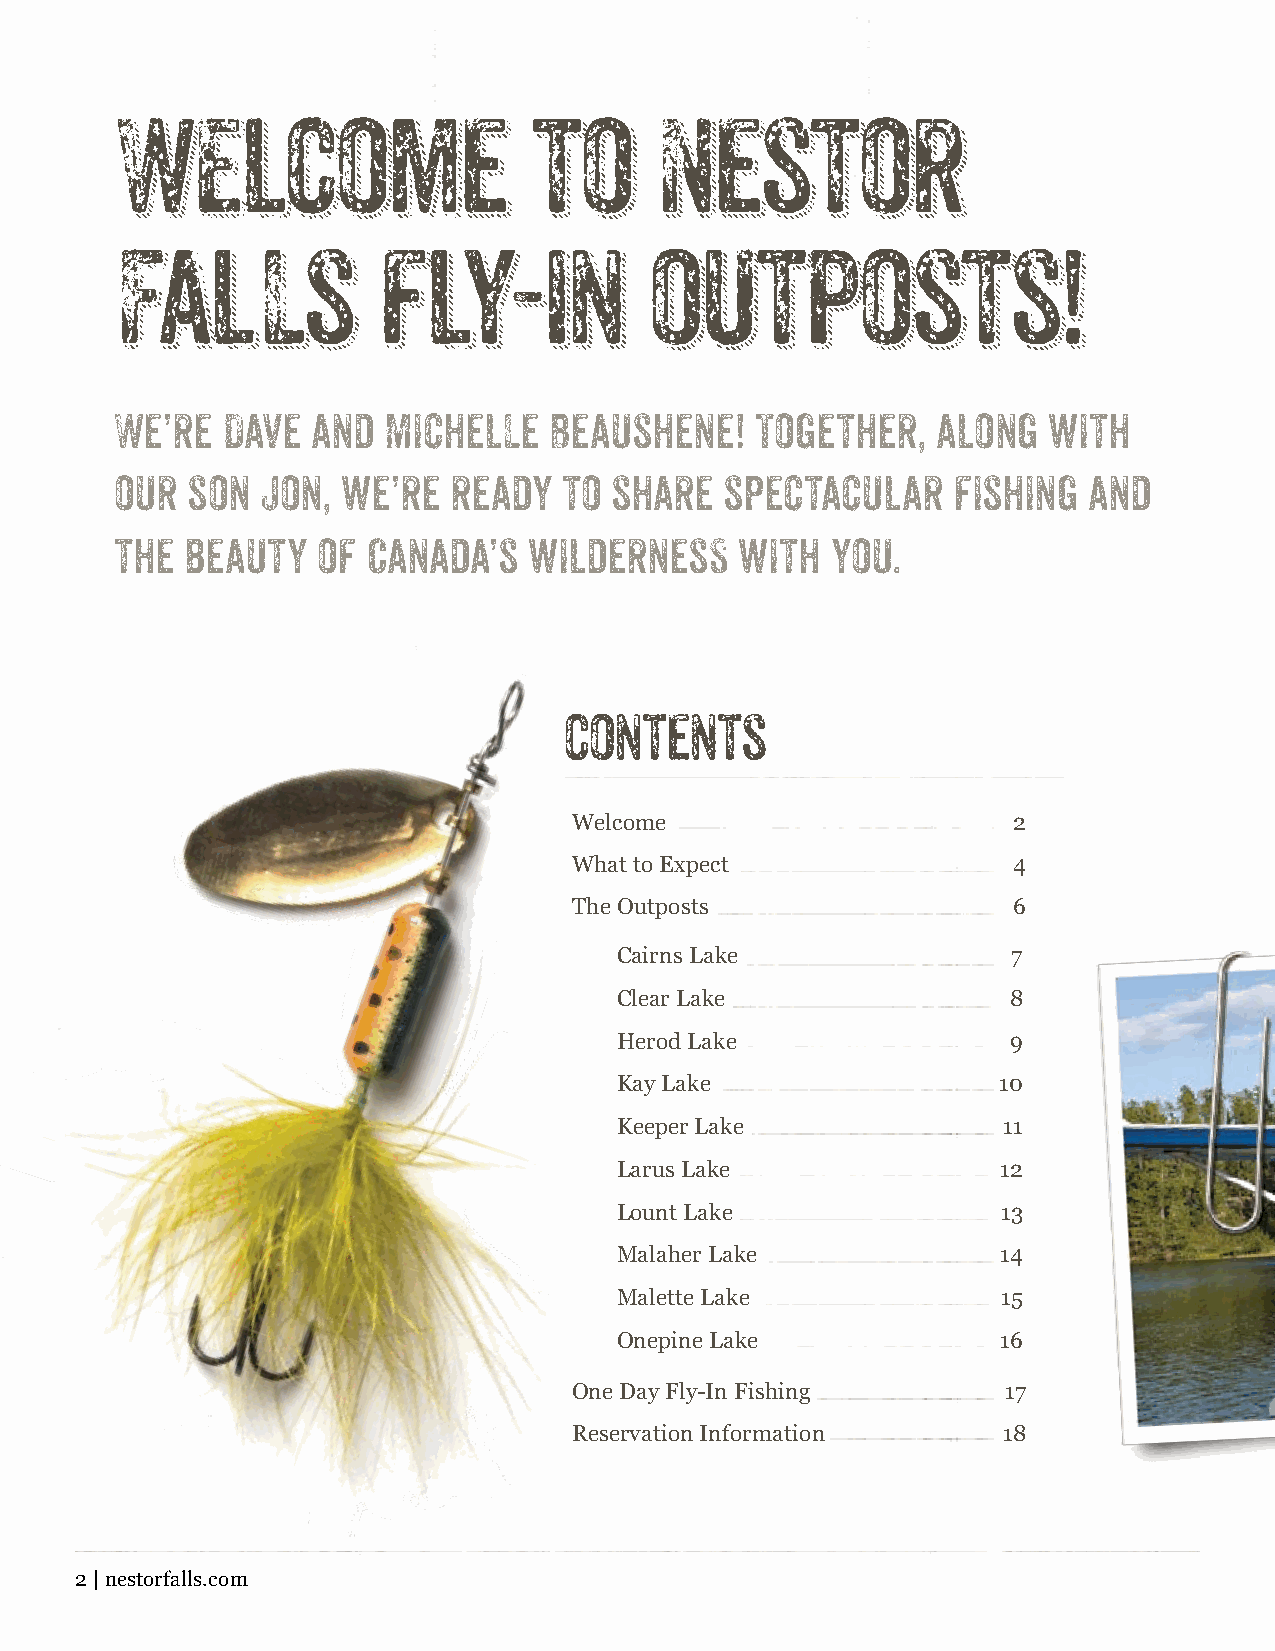
Our outpost lakes are hand-picked
 to ensure that Nestor Falls delivers
 WElcome                    to      Nestor
 legendary fishing.
 Falls            fly-in            outposts!
 We’re  Dave  and Michelle   Beaushene!    Together,   along  with
 our son  Jon,  we’re  ready  to  share  spectacular    fishing  and
 the beauty   of Canada’s   wilderness    with  you.
 contents
 Welcome                      2
 What to Expect               4
 The Outposts                 6
 Cairns Lake               7
 Clear Lake                8
 Herod Lake                9
 Kay Lake                 10
 Keeper Lake              11
 Larus Lake               12
 Lount Lake               13
 Malaher Lake             14
 Malette Lake             15
 Onepine Lake             16
 One Day Fly-In Fishing       17
 Reservation Information     18
 2 | nestorfalls.com